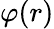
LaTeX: \varphi(r)